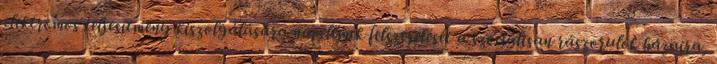
elektromos teljesítmény kiszolgálására napelemek felszerelését a szociálisan rászorulók házaira,